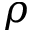
\rho